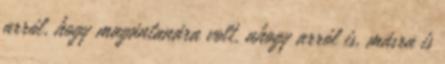
arról, hogy magántanára volt, ahogy arról is, másra is